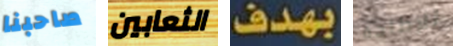
صاحبنا الثعابين بهدف للإطاحة